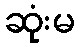
ဆုံးမ